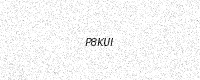
Text: P8KUI